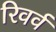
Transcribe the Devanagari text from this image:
रिवर्व